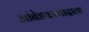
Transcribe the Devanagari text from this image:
आंबेडकरवादाला